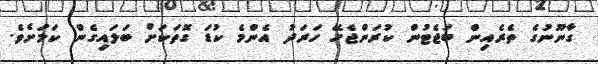
ގާނޫނުގެ ތެރެއިން ބަޖެޓުން ކުރަންޖެހޭ ހަރަދު އެންމެ ކުޑަ ގޮތަކަށް ބަލައިގެން ކަމަށެވެ.